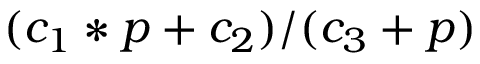
( c _ { 1 } * p + c _ { 2 } ) / ( c _ { 3 } + p )